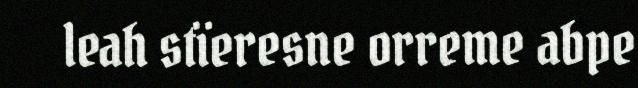
leah stïeresne orreme abpe